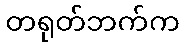
တရုတ်ဘက်က